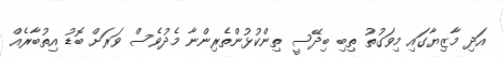
އަދި މާޒިޔާގައި މިވަގުތު ތިބި ބިދޭސީ ތިންކުޅުންތެރިންނާ މެދުވެސް ވަރަށް ބޮޑު އިތުބާރެއް